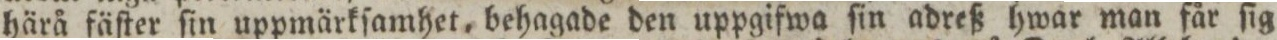
härå fäſter ſin uppmärkſamhet, behagade den uppgifwa ſin adreß hwar man får ſig